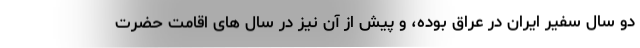
دو سال سفیر ایران در عراق بوده، و پیش از آن نیز در سال های اقامت حضرت